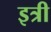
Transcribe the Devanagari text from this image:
इत्री